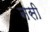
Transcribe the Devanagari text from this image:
नसी